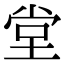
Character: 堂